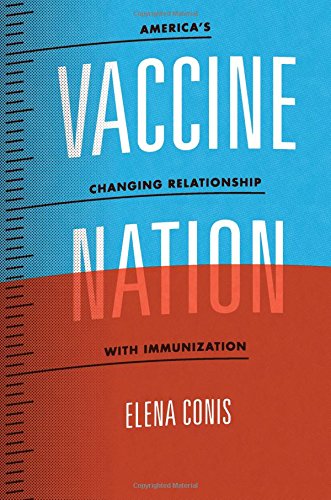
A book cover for Vaccine Nation: America's Changing Relationship with Immunization; Elena Conis; Medical Books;